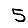
Digit: 5